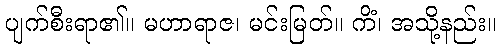
ပျက်စီးရာ၏။ မဟာရာဇ၊ မင်းမြတ်။ ကိံ၊ အသို့နည်း။